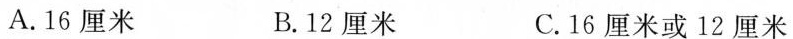
A.16厘米 B.12厘米 C.16厘米或12厘米